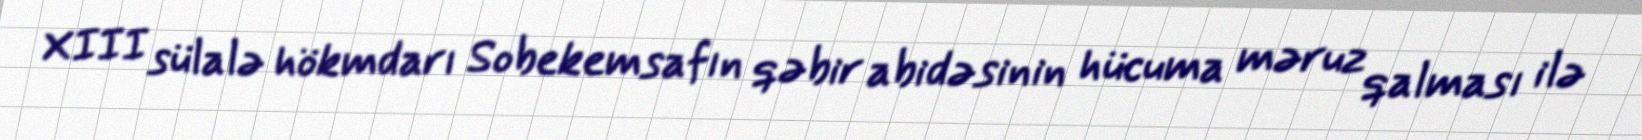
XIII sülalə hökmdarı Sobekemsafın qəbir abidəsinin hücuma məruz qalması ilə